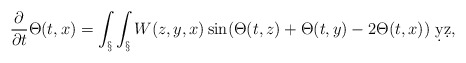
\begin{align*} \frac{\partial}{\partial t}\Theta(t,x) = \int_\S \int_\S W(z,y,x) \sin(\Theta(t,z)+\Theta(t,y)-2\Theta(t,x))\ \d y \d z,\end{align*}